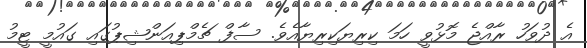
އެ ދުވަހު ރާއްޖެ މޮޅުވީ ހަމަ ކިރިޔަކިރިޔާއެވެ. ސާފް ޗެމްޕިއަންޝިޕުގައި ގައުމީ ޓީމު